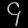
Digit: ၄